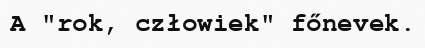
A "rok, człowiek" főnevek.